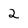
Character: 2